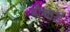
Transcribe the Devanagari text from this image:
बौचार्ड